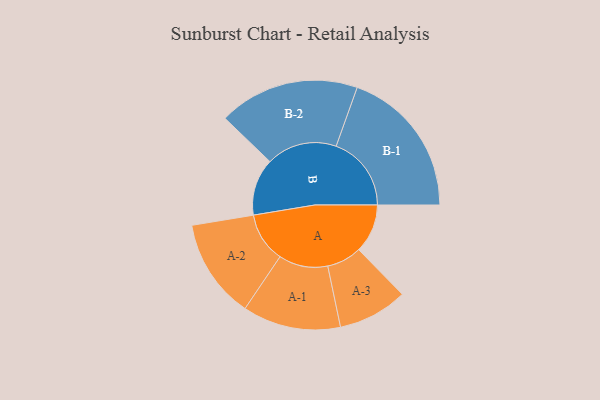
{"axis": {"x": "Segment", "y": "Value"}, "legend": ["", "A", "B"], "data": [{"x": "A", "y": 185, "type": ""}, {"x": "B", "y": 216, "type": ""}, {"x": "A-1", "y": 186, "type": "A"}, {"x": "A-2", "y": 189, "type": "A"}, {"x": "A-3", "y": 132, "type": "A"}, {"x": "B-1", "y": 285, "type": "B"}, {"x": "B-2", "y": 267, "type": "B"}]}